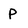
Character: P